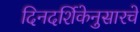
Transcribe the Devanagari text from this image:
दिनदर्शिकेनुसारचे